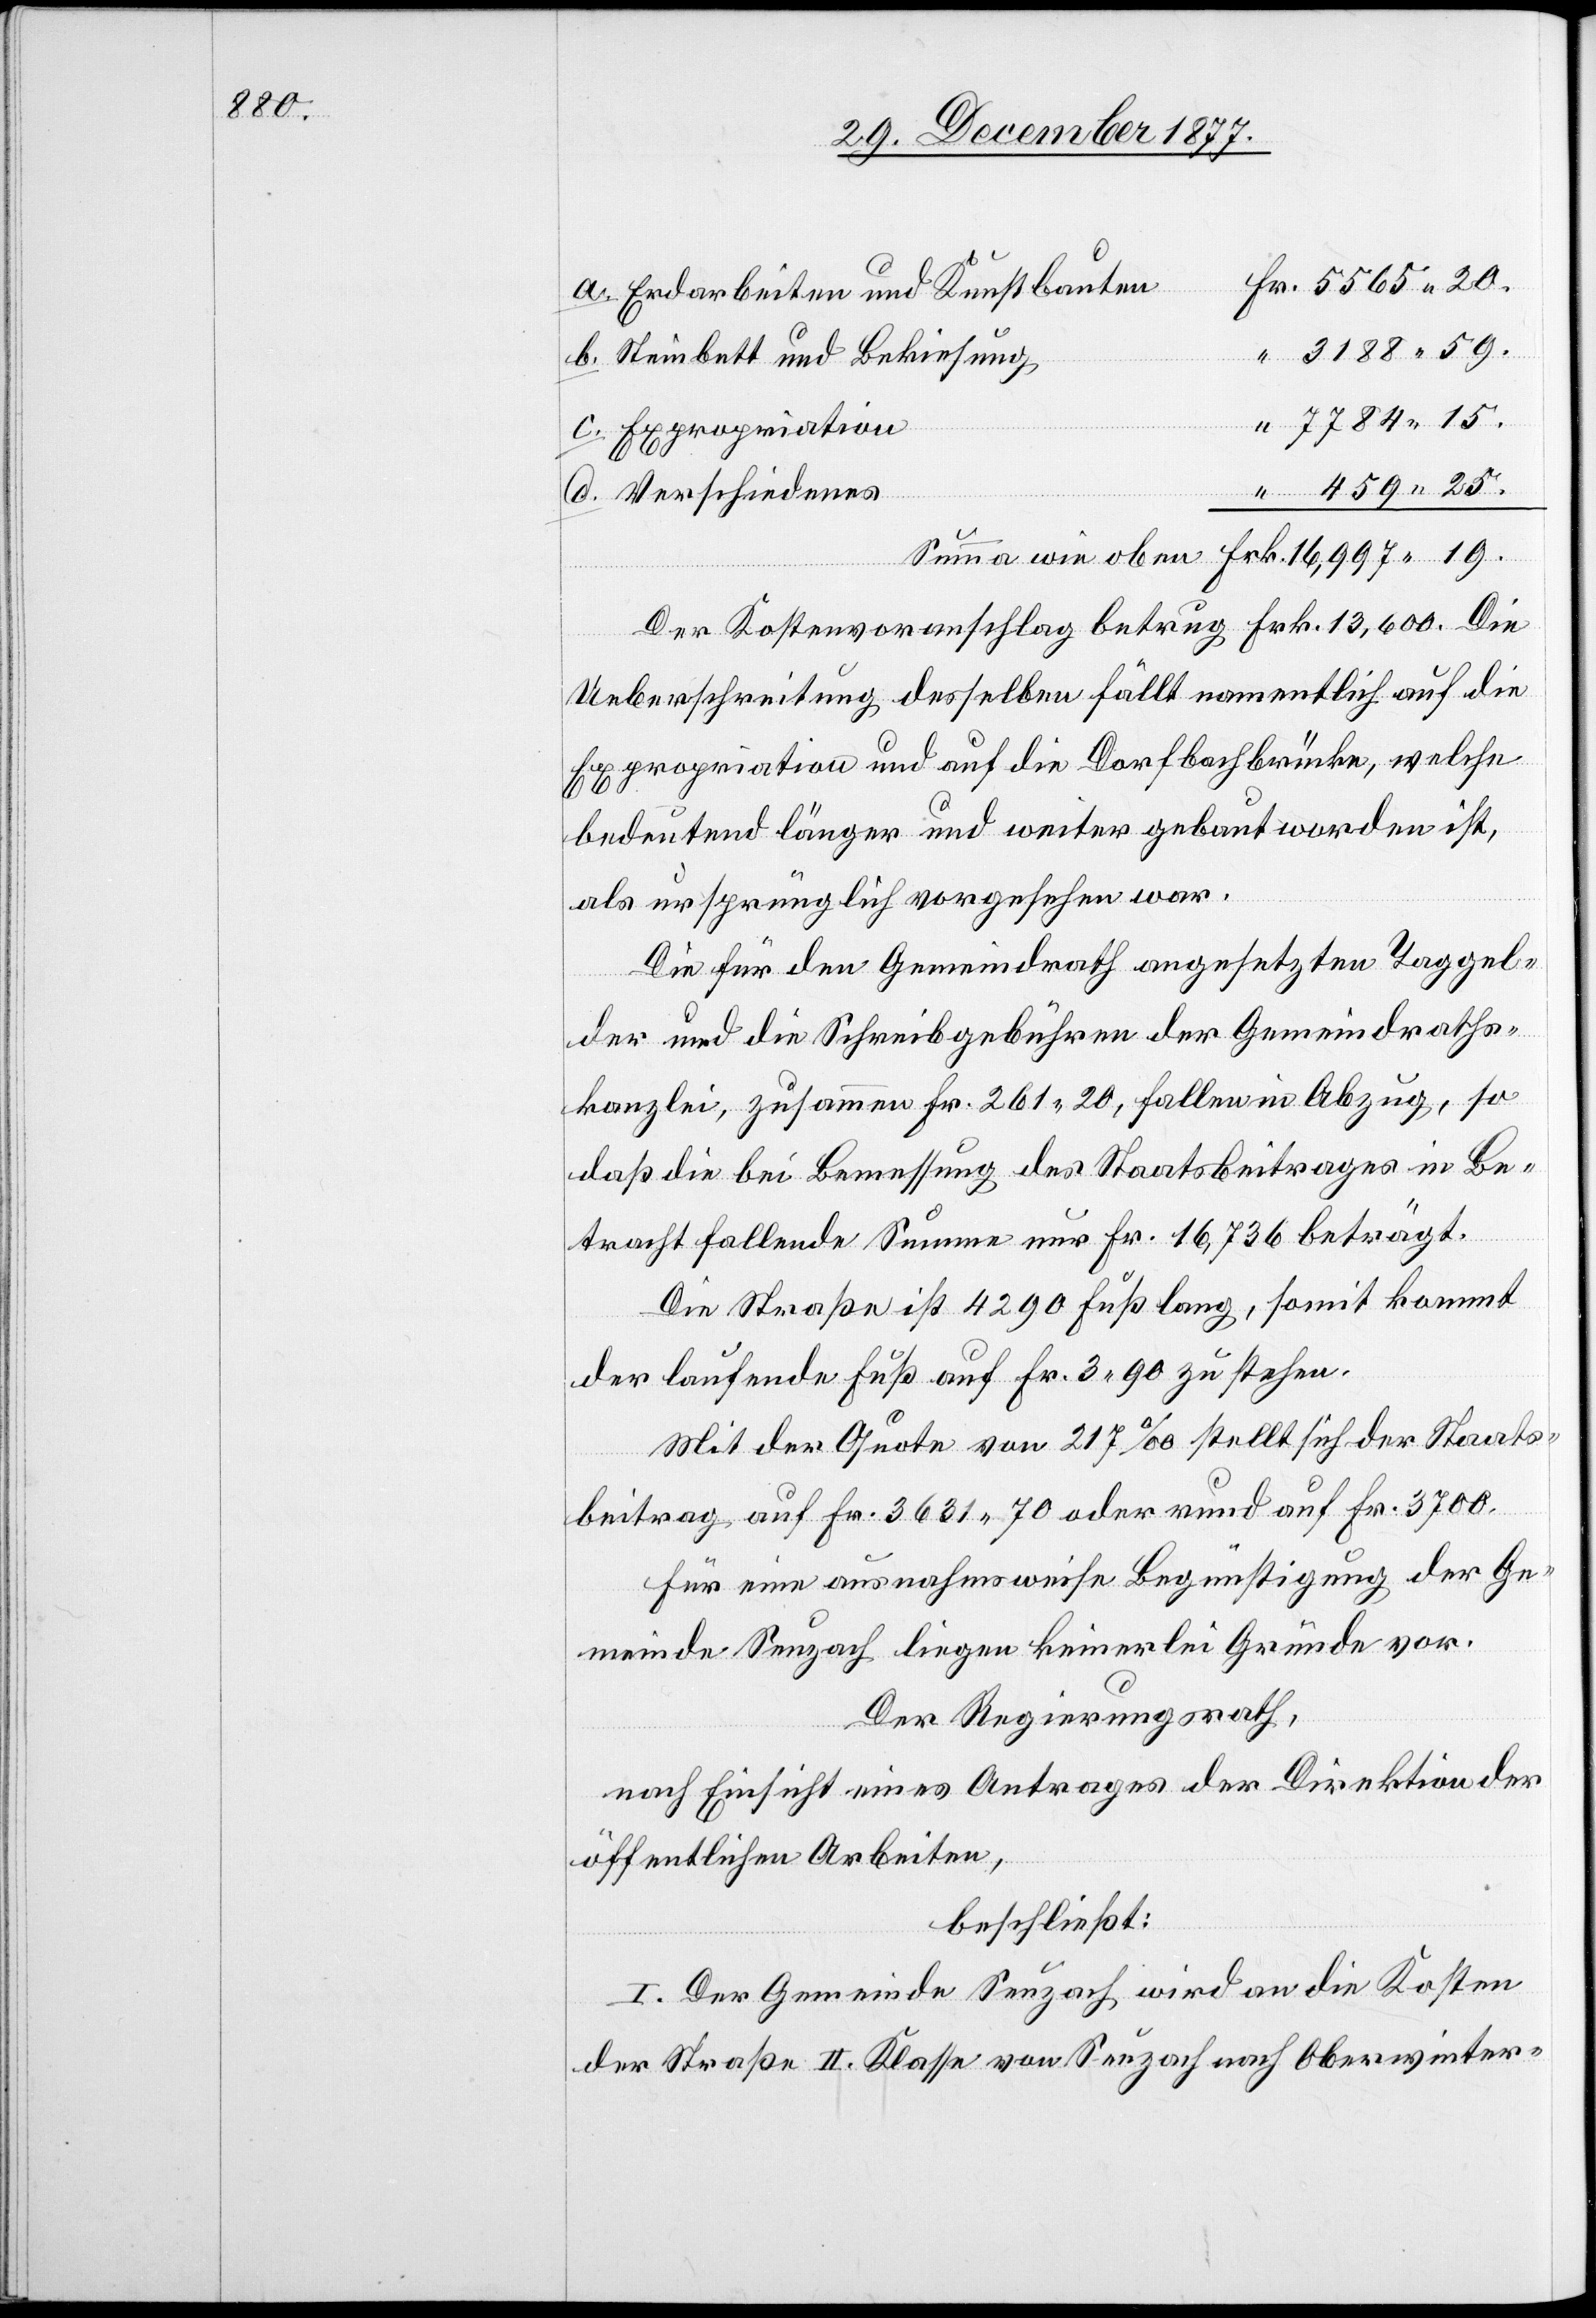
Fr. 5565 20.
Erdarbeiten und Kunstbauten
“ 3188 59.
Steinbett und Bekiesung
“ 7784 15.
Expropriation
“ 459 25.
wie oben
Der Kostenvoranschlag betrug Frk. 13,600. Die
Ueberschreitung desselben fällt namentlich auf die
Expropriation und auf die Dorfbachbrücke, welche
bedeutend länger und weiter gebaut worden ist,
als ursprünglich vorgesehen war.
Die für den Gemeindrath angesetzten Taggel¬
der und die Schreibgebühren der Gemeindraths¬
kanzlei, zusammen Fr. 261 20, fallen in Abzug, so
daß die bei Bemessung des Staatsbeitrages in Be¬
tracht fallende Summe nur Fr. 16,736 beträgt.
Die Straße ist 4290 Fuß lang, somit kommt
der laufende Fuß auf Fr. 3 90 zu stehen.
Mit der Quote von 217‰ stellt sich der Staats¬
beitrag auf Fr. 3631 70 oder rund auf Fr. 3700.
Für eine ausnahmsweise Begünstigung der Ge¬
meinde Seuzach liegen keinerlei Gründe vor.
Der Regierungsrath,
nach Einsicht eines Antrages der Direktion der
öffentlichen Arbeiten,
beschließt:
I. Der Gemeinde Seuzach wird an die Kosten
der Straße II. Klasse von Seuzach nach Oberwinter-